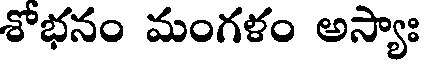
శోభనం మంగళం అస్యాః